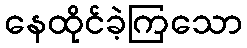
နေထိုင်ခဲ့ကြသော